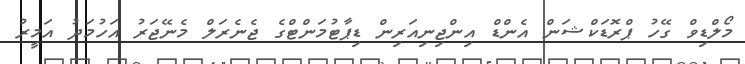
މޯލްޑިވް ގޭހު ޕްރޮޑަކްޝަން އެންޑް އިންޖިނިއަރިން ޑިޕާޓުމަންޓްގެ ޖެނެރަލް މެނޭޖަރު އަހުމަދު އަމީރު